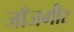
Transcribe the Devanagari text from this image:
जाँजगीर